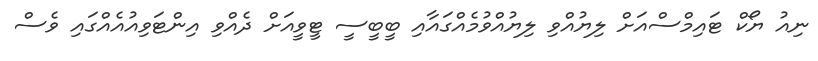
ނިއު ޔޯކް ޓައިމްސްއަށް ލިޔުއްވި ލިޔުއްވުމެއްގައާއި ބީބީސީ ޓީވީއަށް ދެއްވި އިންޓަވިއުއެއްގައި ވެސް